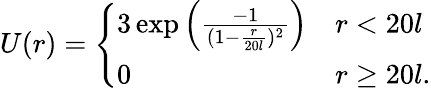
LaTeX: \begin{array}{r}{U(r)=\left\{ \begin{array}{ll}{3\exp\left(\frac{-1}{(1-\frac{r}{20l})^{2}}\right)}&{r<20l}\\ {0}&{r\geq 20l.}\end{array}\right.}\end{array}